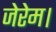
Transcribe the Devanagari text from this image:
जेरेम।